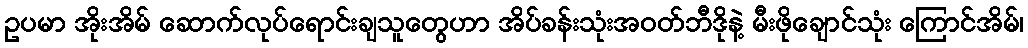
ဥပမာ အိုးအိမ် ဆောက်လုပ်ရောင်းချသူတွေဟာ အိပ်ခန်းသုံးအဝတ်ဘီဒိုနဲ့ မီးဖိုချောင်သုံး ကြောင်အိမ်၊